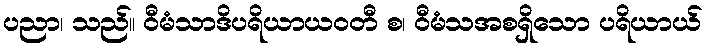
ပညာ၊ သည်။ ဝီမံသာဒိပရိယာယဝတီ စ၊ ဝီမံသအစရှိသော ပရိယာယ်